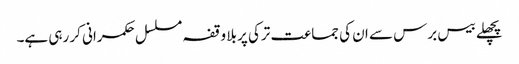
پچھلے بیس برس سے ان کی جماعت ترکی پر بلا وقفہ مسلسل حکمرانی کر رہی ہے۔